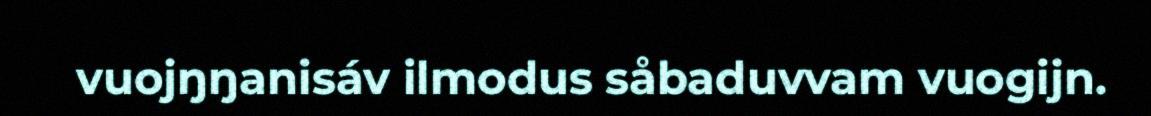
vuojŋŋanisáv ilmodus såbaduvvam vuogijn.